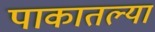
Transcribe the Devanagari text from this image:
पाकातल्या